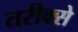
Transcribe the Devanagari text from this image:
तरीक्से